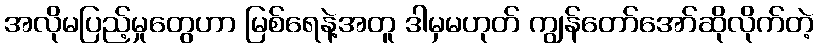
အလိုမပြည့်မှုတွေဟာ မြစ်ရေနဲ့အတူ ဒါမှမဟုတ် ကျွန်တော်အော်ဆိုလိုက်တဲ့